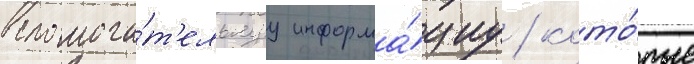
вспомога́т'ельнуу информа́циу / кото́рые